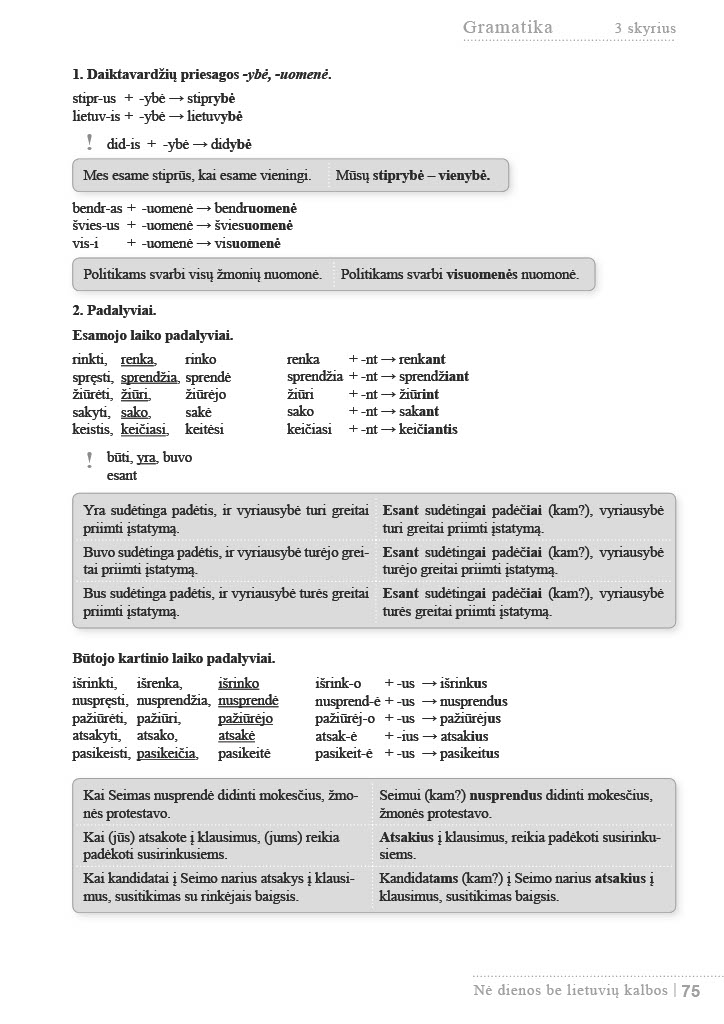
Language: lt